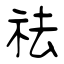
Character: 祛